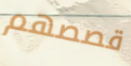
قصصهم